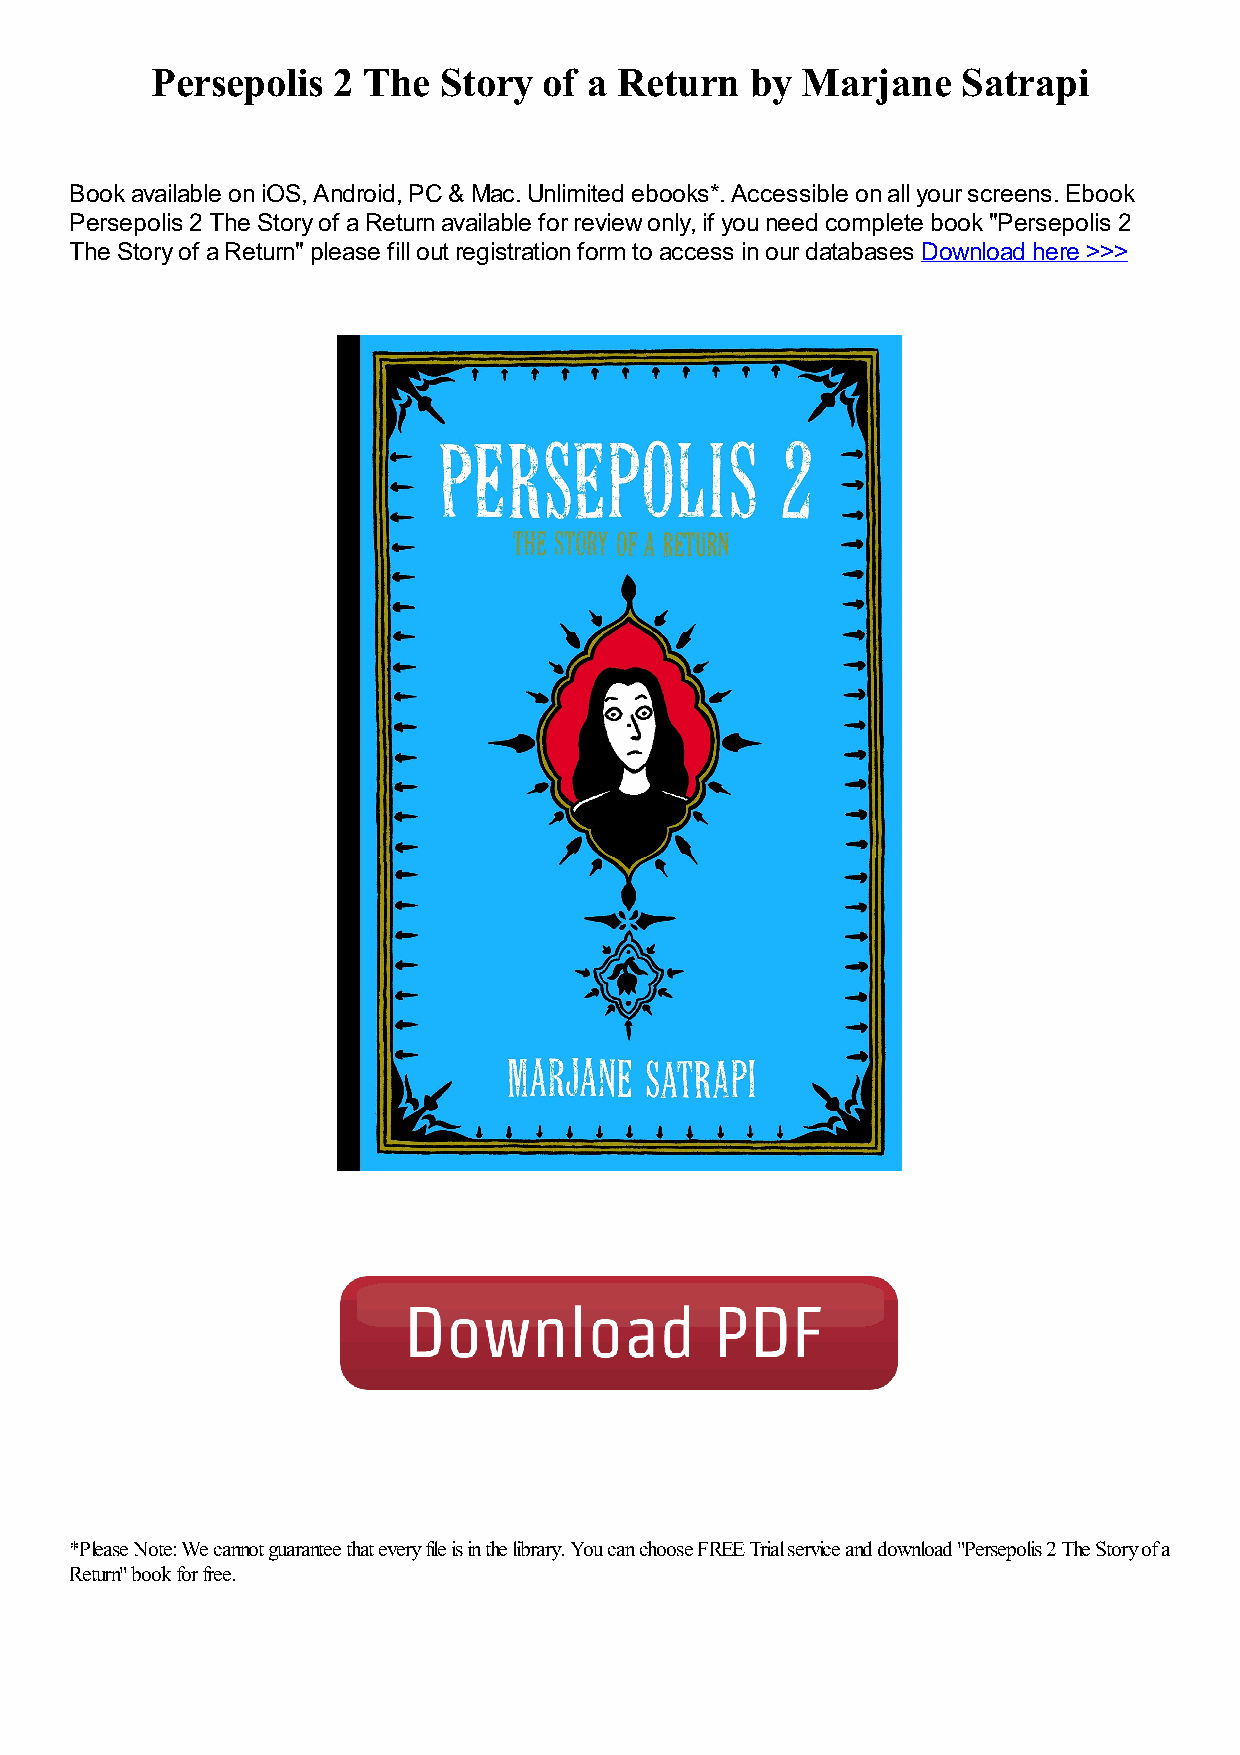
Persepolis  2 The  Story  of a Return   by Marjane    Satrapi
 Book available on iOS, Android, PC & Mac. Unlimited ebooks*. Accessible on all your screens. Ebook
 Persepolis 2 The Story of a Return available for review only, if you need complete book "Persepolis 2
 The Story of a Return" please fill out registration form to access in our databases Download here >>>
 *Please Note: We cannot guarantee that every file is in the library. You can choose FREE Trial service and download "Persepolis 2 The Story of a
 Return" book for free.